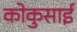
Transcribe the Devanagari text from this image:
कोकुसाई